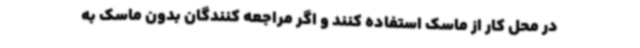
در محل کار از ماسک استفاده کنند و اگر مراجعه کنندگان بدون ماسک به